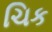
ચિક